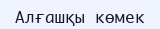
Алғашқы көмек